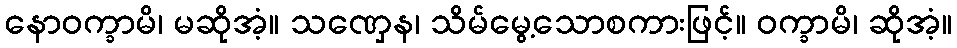
နောဝက္ခာမိ၊ မဆိုအံ့။ သဏှေန၊ သိမ်မွေ့သောစကားဖြင့်။ ဝက္ခာမိ၊ ဆိုအံ့။